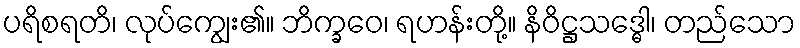
ပရိစရတိ၊ လုပ်ကျွေး၏။ ဘိက္ခဝေ၊ ရဟန်းတို့။ နိဝိဋ္ဌသဒ္ဓေါ၊ တည်သော